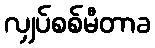
လျှပ်စစ်မီတာခ